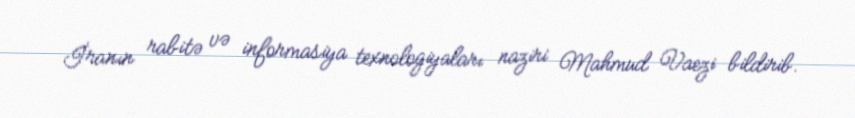
İranın rabitə və informasiya texnologiyaları naziri Mahmud Vaezi bildirib.